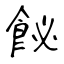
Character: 飶